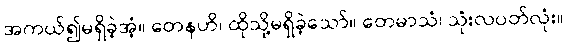
အကယ်၍မရှိခဲ့အံ့။ တေနဟိ၊ ထိုသို့မရှိခဲ့သော်။ တေမာသံ၊ သုံးလပတ်လုံး။